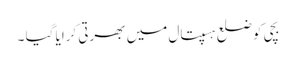
بچی کو ضلع ہسپتال میں بھرتی کرایا گیا ۔